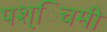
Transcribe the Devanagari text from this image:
पश्िचमी